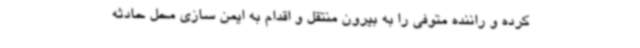
کرده و راننده متوفی را به بیرون منتقل و اقدام به ایمن سازی محل حادثه